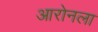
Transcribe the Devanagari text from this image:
आरोनला